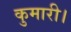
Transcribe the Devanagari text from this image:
कुमारी।